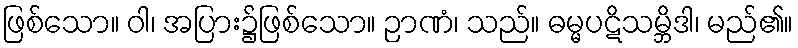
ဖြစ်သော။ ဝါ၊ အပြား၌ဖြစ်သော။ ဉာဏံ၊ သည်။ ဓမ္မပဋိသမ္ဘိဒါ၊ မည်၏။